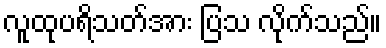
လူထုပရိသတ်အား ပြသ လိုက်သည်။